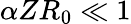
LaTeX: \alpha ZR_{0}\ll 1